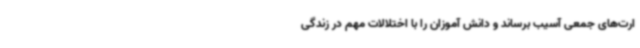
ارت‌های جمعی آسیب برساند و دانش آموزان را با اختلالات مهم در زندگی